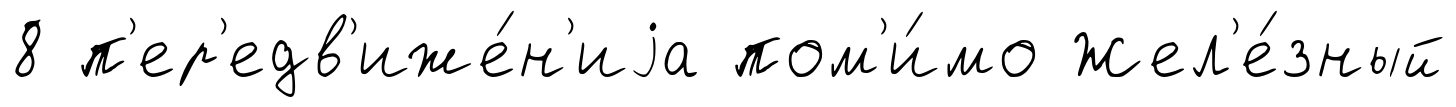
8 п'ер'едв'иже́н'иjа пом'и́мо Жел'е́зный